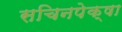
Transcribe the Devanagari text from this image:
सचिनपेक्षा